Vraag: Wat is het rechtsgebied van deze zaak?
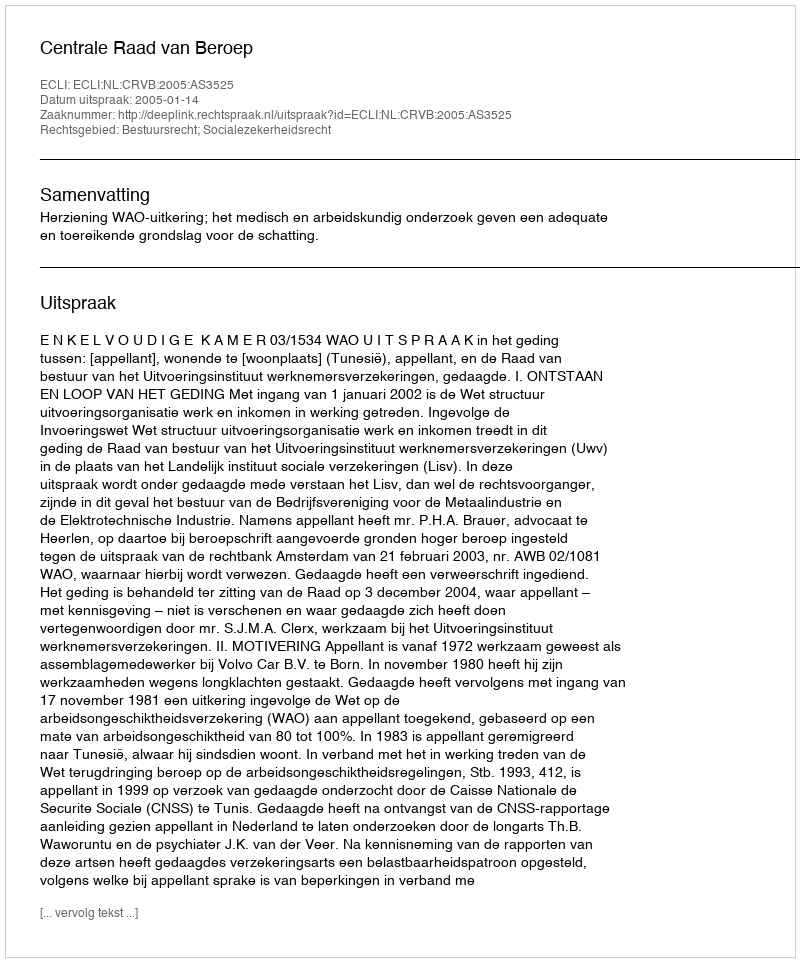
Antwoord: Bestuursrecht; Socialezekerheidsrecht